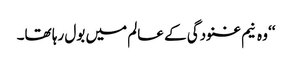
‘‘ وہ نیم غنودگی کے عالم میں بول رہا تھا۔